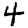
Digit: 4